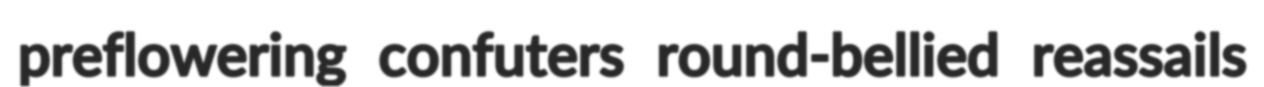
preflowering confuters round-bellied reassails